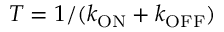
T = 1 / ( k _ { \mathrm { O N } } + k _ { \mathrm { O F F } } )